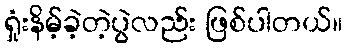
ရှုံးနိမ့်ခဲ့တဲ့ပွဲလည်း ဖြစ်ပါတယ်။